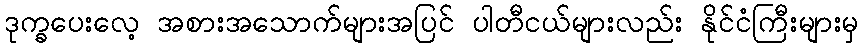
ဒုက္ခပေးလေ့ အစားအသောက်များအပြင် ပါတီငယ်များလည်း နိုင်ငံကြီးများမှ